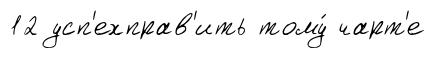
12 усп'ехправ'ить тому́ чарт'е